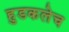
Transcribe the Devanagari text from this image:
हुडकलेच